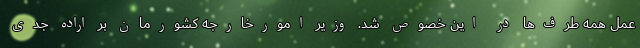
عمل همه طرف‌ها در این خصوص شد. وزیر امورخارجه کشورمان بر اراده جدی